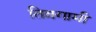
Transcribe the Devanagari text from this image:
तिव्रगामी